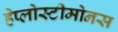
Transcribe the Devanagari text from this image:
हेप्लोस्टीमोनस